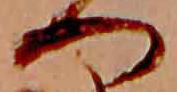
へ